Vaccination report Assam 1874-1896 - 1874-1896
Year: 1874
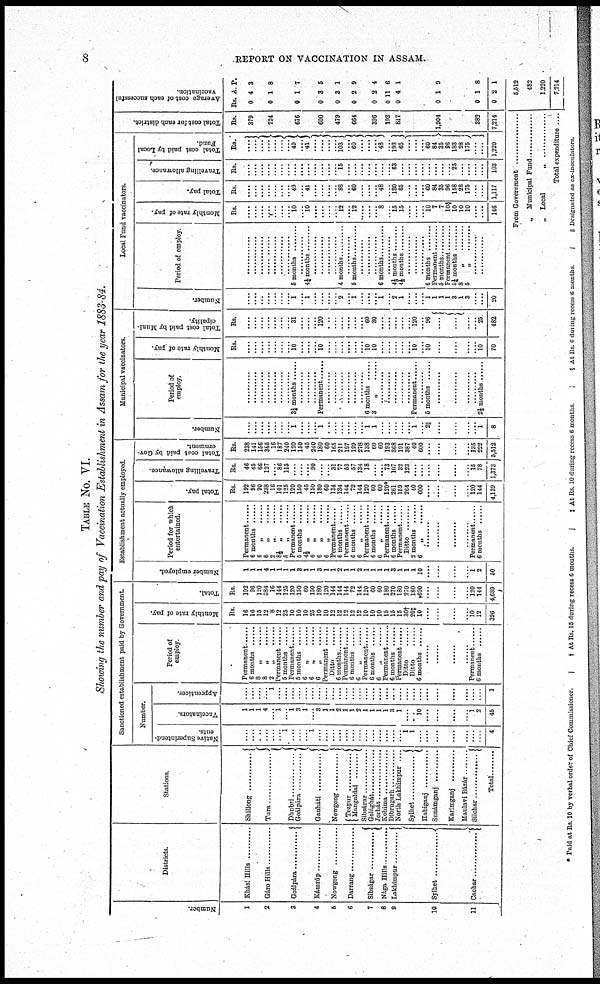
8
REPORT ON VACCINATION IN ASSAM.
TABLE No. VI.
Showing the number and pay of Vaccination Establishment in Assam for the year 1883-84.
Number.
1
2
3
4
5
6
7
8
9
10
11
Districts.
Khási Hills ...........
Gáro Hills ..............
Goálpára ...............
Kámrúp .............
Nowgong ...........
Darrang ............
Sibságar ............
NÌga Hills ...........
Lakhimpur ............
Sylhet ..................
Cachar ...............
Stations
Shillong .........
Tura .................
Dhubri .............
Goálpára ..............
Gauháti .............
Nowgong .............
Tezpur .................
Mangaldai ...........
Sibságar .............
Golághát ...............
Jorhát ..............
Kohima ............
Dibrugarh
North Lakhimpur ....
Sylhet ..........
Habiganj
Sunámganj
Karimganj
Maulavi Bázár .........
Silchar ...............
Total ............
Sanctioned establishment paid by Government.
Number.
Native Superintend-
ents.
....
....
....
....
....
.... 1
....
....
.... 1
....
....
....
....
....
....
....
....
....
....
....
....
.... 1
1
....
....
....
....
....
....
....
4
Vaccinators.
1
1
1
4
.... 1
.... 1
3
1
.... 3
1
1
2
1
1
2
1
1
1
1
3
1
....
.... 10
....
....
....
.... 1
2
45
Apprentices.
....
...
....
.... 1
....
....
....
....
....
....
....
....
....
....
....
....
....
....
....
....
....
....
....
....
....
....
....
....
....
....
....
....
1
Period of
employ
Permanent .....
6 months ......
8
„
......
8
„
......
2 „ ......
Permanent ......
5 months ......
Permanent ......
5 months ......
6
„
......
6
„
......
6
„
......
Permanent ......
Ditto ......
6 months ......
Permanent ......
6 months
6
„
......
Permanent ......
6 months ......
6 „ ......
Permanent ......
6 months ......
Permanent ......
Ditto ......
Ditto ......
6 months ......
......
......
......
......
Permanent ......
6 months ......
Monthly rate of pay.
Rs.
16
16
15
12
8
12
25
10
10
10
25
10
10
12
12
12
12
12
10
10
10
15
15
15
30†
20‡
10
....
....
....
.... 10
12
396
Total.
Rs.
192
96
120
384
16
144
125
120
150
60
150
180
120
144
144
144
72
144
120
60
60
180
270
180
270
180
600
....
....
....
.... 120
144
4,689
Establishment actually employed.
Number employed.
1
1
1
4
1
1
1
1
3
1
1
3
1
1
2
1
1
2
1
1
1
1
3
1
1
1
10
....
....
....
.... 1
2
50
Period for which
entertained.
Permanent ......
6 months ......
6
„
......
6
„
......
2 „ ......
8½
„
......
5
„
......
Permanent ......
5 months ......
4½ „ ......
6 „ ......
6
„
......
6 „ ......
Permanent ......
6 months ......
Permanent ......
6 months ......
6 „ ......
Permanent ......
6 months ......
6 „ ......
Permanent ......
6 months ......
Permanent ......
Ditto ......
2 months ......
6 „ ......
............
............
............
............
Permanent ......
6 months ......
Total pay.
Rs.
192
96
90
238
16
101
125
120
150
45
150
180
60
134
134
144
72
144
120
60
60
120*
261
159
264
40
600
....
....
....
.... 120
144
4,139
Travelling allowance.
Rs.
46
45
66
127
.... 86
115
....
....
.... 90
....
.... 31
77
53
57
134
18
....
.... 73
107
32
123
....
....
....
....
....
.... 15
78
1,373
Total cost paid by Gov-
ernment.
Rs.
238
141
156
365
16
187
240
120
150
45
240
180
60
165
211
197
129
278
138
60
60
193
368
191
387
40
600
....
....
....
.... 135
222
5,512
Municipal vaccinators.
Number.
....
....
....
....
....
....
....
1
.... ....
.... 1
....
....
....
....
....
.... 1
1
....
....
....
....
....
1
.... 2||
....
....
....
.... 1
8
Period of
employ.
............
............
............
............
............
............
............
3½ months ........
............
............
............
Permanent ........
............
............
............
............
............
............
6 months ........
3 „ ........
............
............
............
............
............
Permanent ........
............
5 months ........
............
............
............
............
2½ months ......
Monthly rate of pay.
Rs.
....
....
....
....
....
....
.... 10
....
....
.... 10
....
....
....
....
....
.... 10
10
....
....
....
....
.... 10
.... 10
....
....
....
.... 10
70
Total cost paid by Muni-
cipality.
Rs.
....
....
....
....
....
....
.... 31
.... ....
.... 120
....
....
....
....
....
....
60
30
....
....
....
....
....
120
.... 96
....
....
....
.... 25
482
Local Fund vaccinators.
Number.
....
....
...
....
....
....
.... 1
.... 1
....
....
....
.... 2
.... 1
....
....
.... 1
.... 2
1
....
....
.... 1
1
1
1
3
1
3
....
....
20
Period of employ.
............
............
............
............
............
............
............
5 months ......
............
4½ months ......
............
............
............
............
4 months ..........
............
5 months ..........
............
............
............
6 months
............
4½ months ........
4½ months ........
............
............
............
6 months ........
Permanent ........
5 months ........
Permanent ........
5½ months ........
3 „ ..........
5 „ ..........
..............
..............
Monthly rate of pay.
Rs.
....
....
....
....
....
....
.... 10
....
10
....
....
....
.... 12
.... 12
....
....
.... 8
.... 15
15
....
....
.... 10
7
7
10§
10
10
10
....
....
146
Total pay.
Rs.
....
....
....
....
....
....
.... 49
.... 41
....
....
....
.... 88
.... 60
....
....
.... 48
.... 180
65
....
....
.... 60
84
85
96
158
28
175
....
....
1,117
Travelling allowance.
Rs.
....
....
....
....
....
....
....
....
....
....
....
....
....
.... 15
....
....
....
....
....
.....
.... 63
....
....
...
....
....
....
....
.... 25
....
....
....
....
103
Total cost paid by Local
Fund.
Rs.
....
....
....
....
....
.... ....
49
.... 41
....
....
....
....
103
.... 60
....
....
.... 48
....
193
65
....
....
.... 60
84
35
96
183
28
175
....
....
1,220
Total cost for each district.
Rs.
379
724
676
600
479
664
396
193
817
1,904
382
7,214
Average cost of each successful
vaccination.
Rs.
0
0
0
0
0
0
0
0
0
0
0
0
A.
4
1
1
3
3
2
2
11
4
1
1
2
P.
3
8
7
5
1
9
4
6
1
9
8
1
From Government ................
„ Municipal Fund ................
„ Local „ ................
Total expenditure ....
5,512
482
1,220
7,214
* Paid at Rs. 10 by verbal order of Chief Commissioner.
† At Rs. 15 during recess 6 months.
‡ At Rs. 10 during recess 6 months
§ At Rs 6 during recess 6 months
|| Designated as ex-inoculators